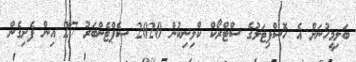
ބަލިމީހުނަށް އެ ހޮސްޕިޓަލުގެ ސްޓްރޯކް ކްލިނިކުން 2020 ސެޕްޓެންބަރު 27 އިން ފެށިގެން